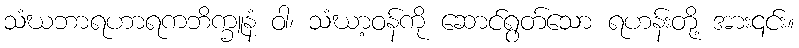
သံဃဘာရဟာရကဘိက္ခူနံ ဝါ၊ သံဃာ့ဝန်ကို ဆောင်ရွတ်သော ရဟန်းတို့ အား၎င်း။